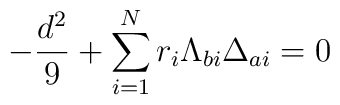
-{d^2\over 9}+\sum_{i=1}^Nr_i\Lambda_{bi}\Delta_{ai}=0